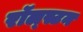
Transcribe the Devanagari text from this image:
रॉल्स्टन